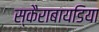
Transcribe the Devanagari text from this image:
स्कैराबायडिया